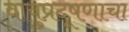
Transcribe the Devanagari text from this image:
वायुप्रदूषणाचा